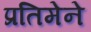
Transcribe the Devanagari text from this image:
प्रतिमेने